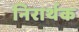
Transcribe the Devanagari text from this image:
निरार्थक